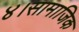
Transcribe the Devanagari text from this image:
४।सामाजिक